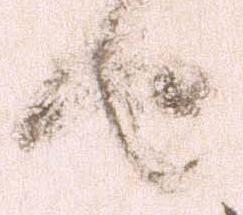
由